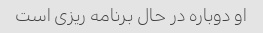
او دوباره در حال برنامه ریزی است